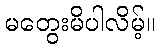
မတွေးမိပါလိမ့်။